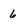
Character: 6